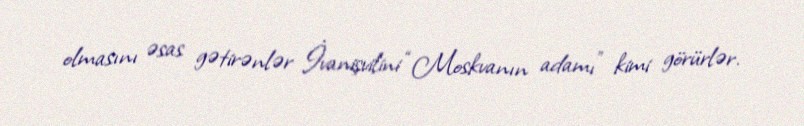
olmasını əsas gətirənlər İvanişvilini “Moskvanın adamı” kimi görürlər.